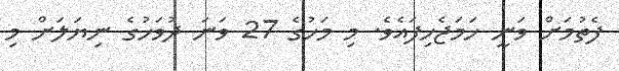
ފެތުމަށް ވަނީ ހަމަޖެހިފައެވެ. މި މަހުގެ 27 ވަނަ ދުވަހުގެ ނިޔަލަށް މި